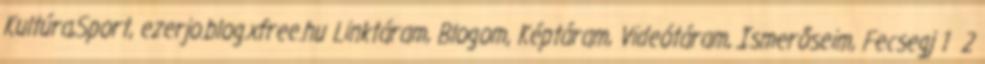
Kultúra,Sport, ezerjo.blog.xfree.hu Linktáram, Blogom, Képtáram, Videótáram, Ismerőseim, Fecsegj 1 2